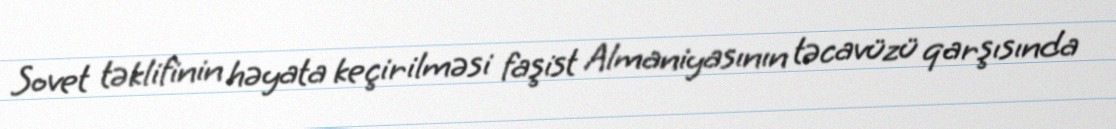
Sovet təklifinin həyata keçirilməsi faşist Almaniyasının təcavüzü qarşısında